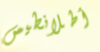
أطلانطيس